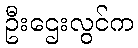
ဦးဌေးလွင်က